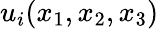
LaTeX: {u_{i}}(x_{1},x_{2},x_{3})